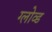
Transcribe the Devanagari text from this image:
ग्लोव्ड